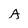
Character: A